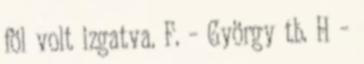
föl volt izgatva. F. – György tb. H –